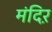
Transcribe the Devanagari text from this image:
मंदिऱ